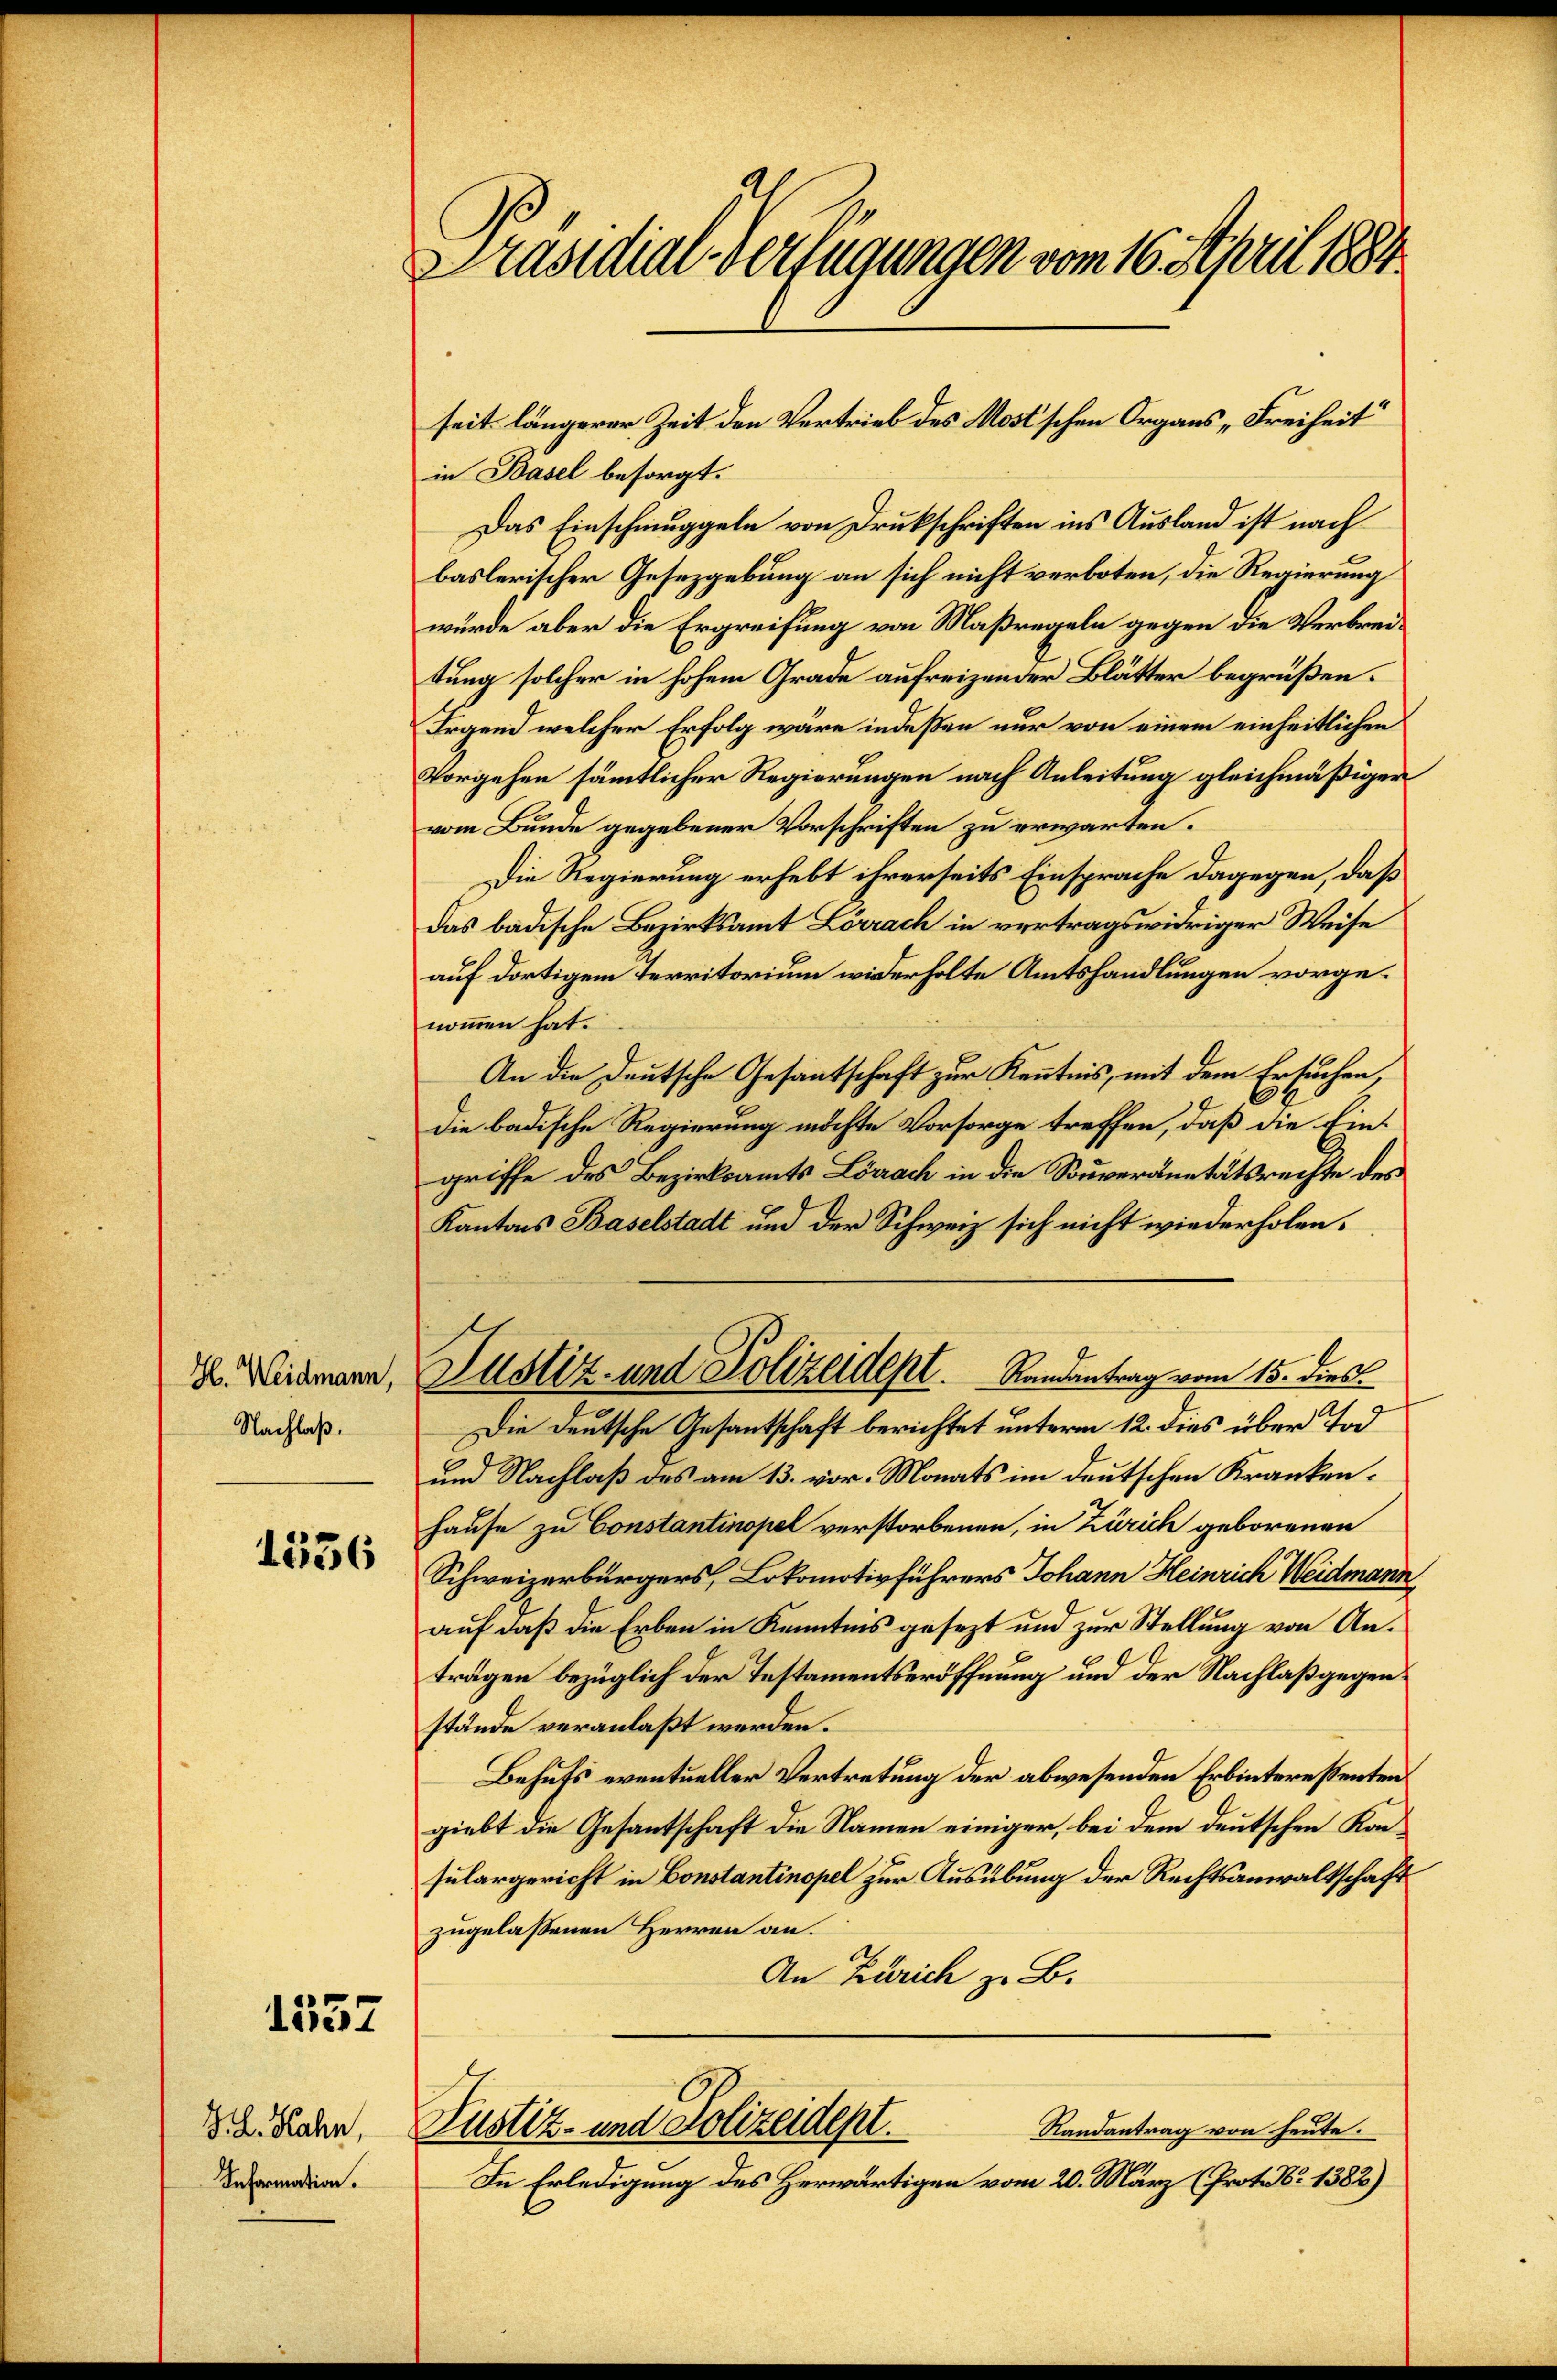
H. Weidmann,
Nachlaß.

1536

1537

H. Rahn,
Information.

Präsidial-Verfügungen vom 16. April 1884

in Basel besorgt.
Das Einschmuggeln von Drukschriften ins Ausland ist nach
baslerischer Gesetzgebung an sich nicht verboten, die Regierung
wurde aber die Ergreifung von Maßregeln gegen die Verbreitung solcher in hohem Grade aufreizender Blätter begrüßen.
Irgend welcher Erfolg wäre indeßen nur von einem einheitlichen
Vorgehen sämmtlicher Regierungen nach Anleitung gleichmäßiger
vom Bunde gegebener Vorschriften zu erwarten.
Die Regierung erhebt ihrerseits Einsprache dagegen, daß
das badische Bezirksamt Lörrach in vertragswidriger Weise
auf dortigem Territorium widerholte Amtshandlungen vorgenommen hat.
An die Deutsche Gesantschaft zur Kenntnis, mit dem Ersuchen,
die badische Regierung möchte Vorsorge treffen, daß die Eingriffe des Bezirksamts Lörrach in die Souveränitätsrechte des
Kantons Baselstadt und der Schweiz sich nicht wiederholen.
Justiz- und Polizeidept. Randantrag vom 15. dies
Die Deutsche Gesantschaft berichtet unterm 12. dies über Tod
und Nachlaß des am 13. vor. Monats im deutschen Kranken¬
Hause zu Constantinopel verstorbenen, in Zürich geborenen
Schweizerbürgers, Lokomotivführers Johann Heinrich Weidmann
auf daß die Erben in Kenntnis gesezt und zur Stellung von Anträgen bezüglich der Testamentseröffnung und der Nachlaß gegenstände veranlaßt werden.
Behufs eventueller Vertretung der abwesenden Erbinteressenten
giebt die Gesantschaft die Namen einiger, bei dem deutschen Konsulargericht in Constantinopel zur Ausübung der Rechtsanwaltschaft
zugelassenen Herren an.
An Zürich z. B.
Justiz- und Polizeidept.
Randantrag von heute.
In Erledigung des Herwärtigen vom 20. März (Prot. N. 1382)

seit längerer Zeit den Vertrieb des Most’schen Organs „Freiheit